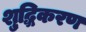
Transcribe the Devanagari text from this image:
शु्द्धिकरण